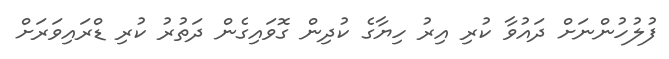
ފުލުހުންނަށް ދައުވާ ކުރި އިރު ހިޔާގެ ކުދިން ގޮވައިގެން ދަތުރު ކުރި ޑްރައިވަރަށް